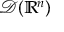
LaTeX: { \mathcal { D } } ( \mathbb { R } ^ { n } )